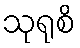
သုရုစိ